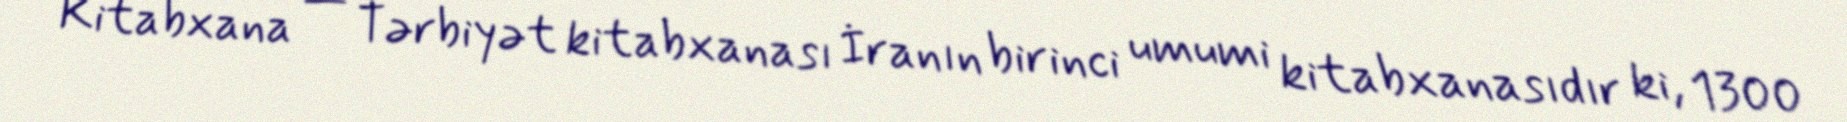
Kitabxana — Tərbiyət kitabxanası İranın birinci umumi kitabxanasıdır ki, 1300